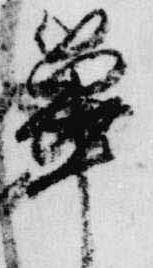
篳